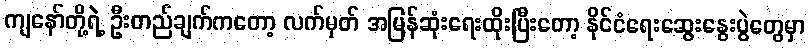
ကျနော်တို့ရဲ့ ဦးတည်ချက်ကတော့ လက်မှတ် အမြန်ဆုံးရေးထိုးပြီးတော့ နိုင်ငံရေးဆွေးနွေးပွဲတွေမှာ